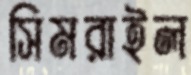
সিমরাইল